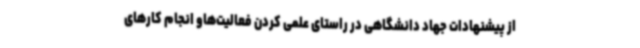
از پیشنهادات جهاد دانشگاهی در راستای علمی کردن فعالیت‌هاو انجام کارهای